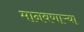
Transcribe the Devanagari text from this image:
मानवणाऱ्या